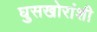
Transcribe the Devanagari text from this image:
घुसखोरांशी